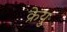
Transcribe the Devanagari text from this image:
क्रेयु